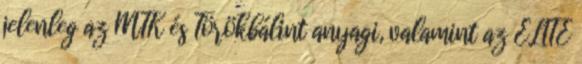
jelenleg az MTK és Törökbálint anyagi, valamint az ELITE